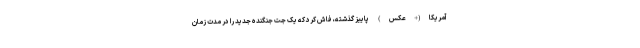
آمریکا(+عکس) پاییز گذشته، فاش کرد که یک جت جنگنده جدید را در مدت زمان